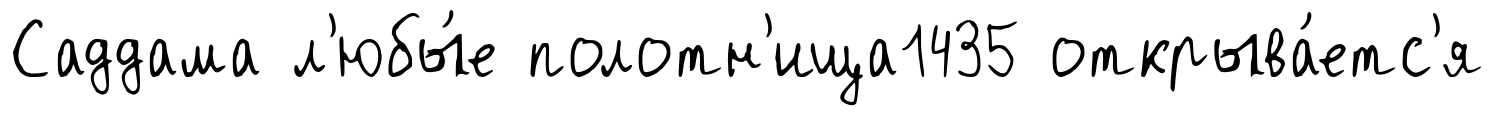
Саддама л'юбы́е полотн'ища1435 открыва́етс'я